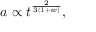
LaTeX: a \propto t ^ { \frac { 2 } { 3 ( 1 + w ) } } ,